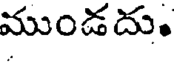
ముండదు.